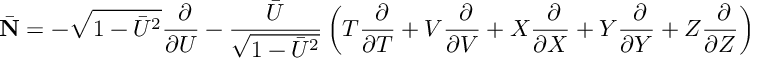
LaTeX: \bar { \bf N } = - \sqrt { 1 - \bar { U } ^ { 2 } } \frac { ~ \partial } { \partial U } - \frac { \bar { U } } { \sqrt { 1 - \bar { U } ^ { 2 } } } \left( T \frac { ~ \partial } { \partial T } + V \frac { ~ \partial } { \partial V } + X \frac { ~ \partial } { \partial X } + Y \frac { ~ \partial } { \partial Y } + Z \frac { ~ \partial } { \partial Z } \right)